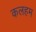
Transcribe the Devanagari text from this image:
कलहम